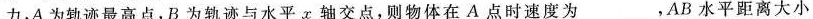
力，A为轨迹最高点，B为轨迹与水平x轴交点，则物体在A点时速度为______________，AB水平距离大小